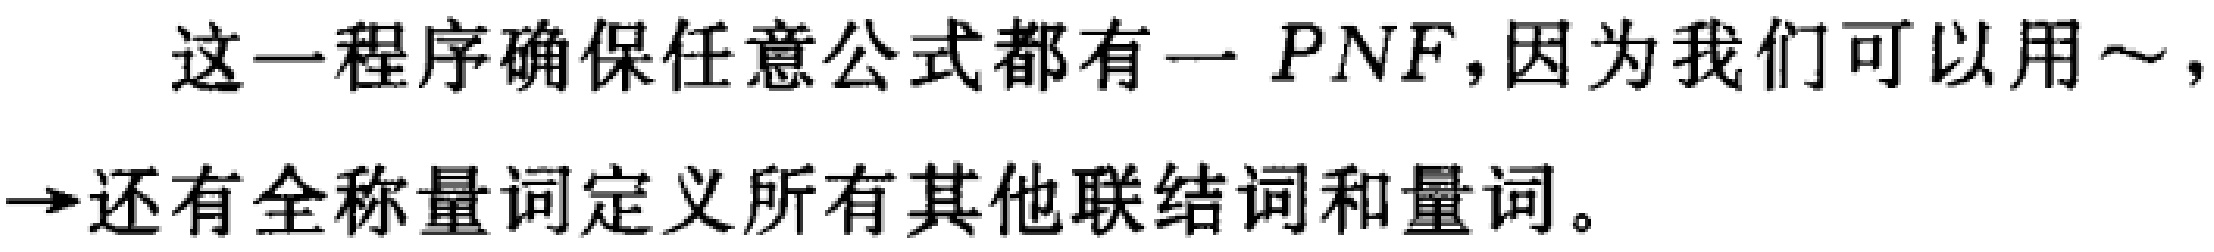
这一程序确保任意公式都有一 \(PNF\)，因为我们可以用\(\sim\)，\(\to\)还有全称量词定义所有其他联结词和量词。